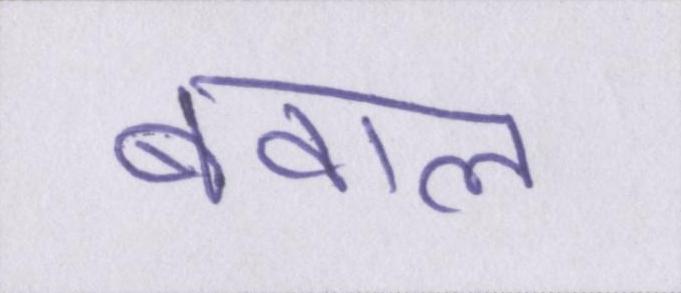
बवाल